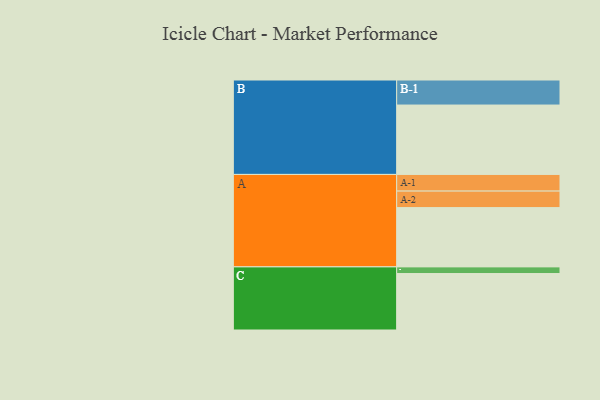
{"axis": {"x": "Segment", "y": "Value"}, "legend": ["", "A", "B", "C"], "data": [{"x": "A", "y": 509, "type": ""}, {"x": "B", "y": 596, "type": ""}, {"x": "C", "y": 485, "type": ""}, {"x": "A-1", "y": 143, "type": "A"}, {"x": "A-2", "y": 142, "type": "A"}, {"x": "B-1", "y": 215, "type": "B"}, {"x": "C-1", "y": 57, "type": "C"}]}